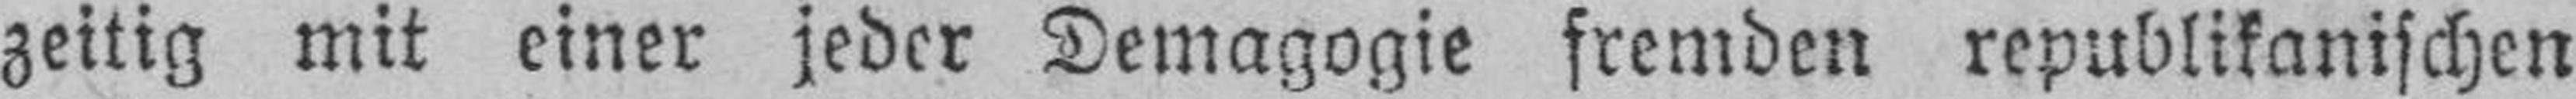
zeitig mit einer jeder Demagogie fremden republikanischen